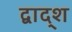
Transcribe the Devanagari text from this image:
द्वाद्श